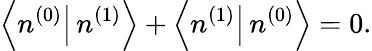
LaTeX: \left\langle n^{(0)}\right|\left.n^{(1)}\right\rangle+\left\langle n^{(1)}\right|\left.n^{(0)}\right\rangle=0.